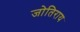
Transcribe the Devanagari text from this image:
जोतिराय